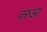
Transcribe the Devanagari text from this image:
वरुआ